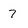
Character: 7